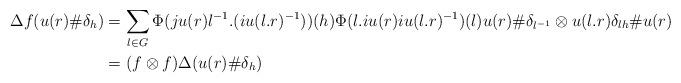
LaTeX: \begin{align*}\Delta f(u(r)\#\delta_h) &= \sum_{l \in G}\Phi(ju(r)l^{-1}.(iu(l.r)^{-1}))(h)\Phi(l.iu(r)iu(l.r)^{-1})(l) u(r)\#\delta_{l^{-1}} \otimes u(l.r)\delta_{lh} \# u(r) \\&= (f\otimes f)\Delta(u(r)\#\delta_h)\end{align*}